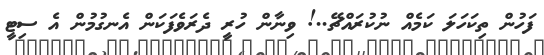
ފަހުން ތިކަހަލަ ކަމެއް ނުކުރައްޗޭ..! ވިނާން ހުރީ ދެރަވެފަކަން އެނގުމުން އެ ސިޓީ